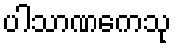
ပါသာဏကေသု